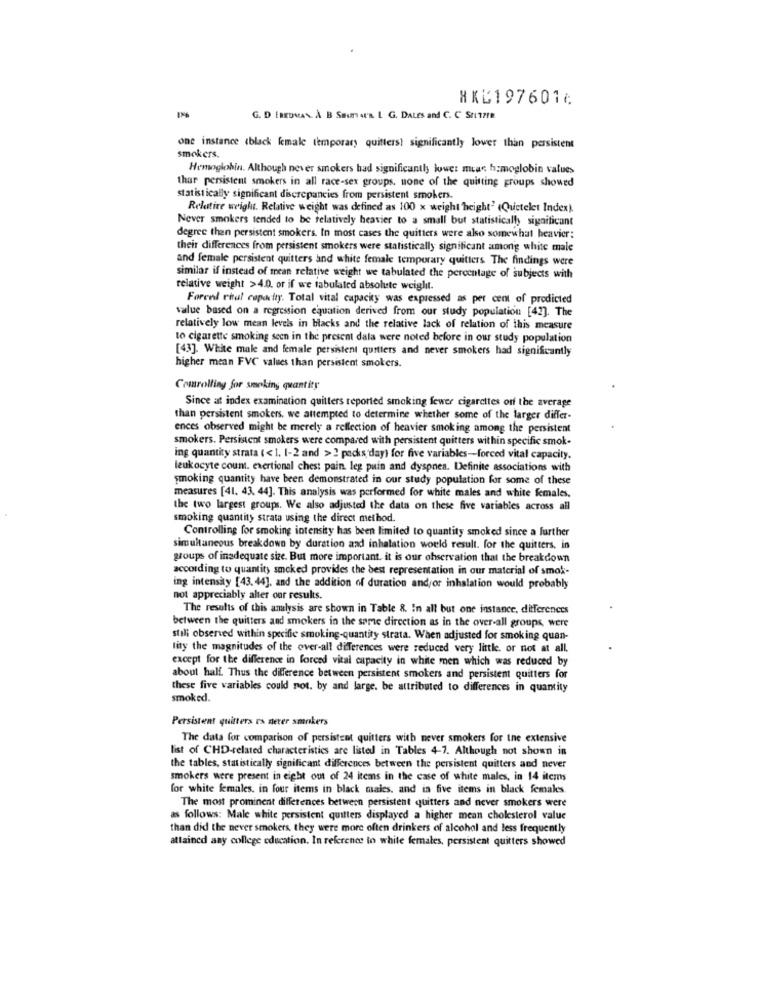
HKL197601¢
G. D Enromas. À B Saunat'a. L G. DALES and C. C StiTZER
one instance (black female temporary quilters! significantly lower than persistent
smokers.
Hemoglobin. Although never smokers had significantly lower miar hemoglobin values
thar persistent smokers in all race-sex groups, none of the quitting groups showed
statistically significant discrepancies from persistent smokers.
Relative weight. Relative weight was defined as 100 x weight 'height' (Quetelet Index).
Never smokers tended to be relatively heavier to a small but statistically significant
degree then persistent smokers. In most cases the quitters were also somewhat heavier:
their differences from persistent smokers were statistically significant among white male
and female persistent quitters and white female temporary quitters The findings were
similar if instead of mean relative weight we tabulated the percentage of subjects with
relative weight >4.0. or if we tabulated absolute weiglit.
Forcel rital capacity. Total vital capacity was expressed as per cent of predicted
value based on a regression equation derived from our study population [42]. The
relatively low mean levels in blacks and the relative lack of relation of this measure
to cigarette smoking seen in the present dala were noted before in our study population
[43]. White male and female persistent quitters and never smokers had significantly
higher mean FVC values than persistent smokers.
Comrolling for smoking quantity
Since at index examination quilters reported smoking fewer cigarettes on the average
than persistent smokers. we attempted to determine whether some of the larger differ-
ences observed might be merely a reflection of heavier smoking among the persistent
smokers. Persistent smokers were compared with persistent quitters within specific smok.
ing quantity strata ( < 1. 1-2 and >2 packis'day) for five variables-forced vital capacity.
leukocyte coum. exertional chest pain. leg puin and dyspnea. Definite associations with
smoking quantity have been demonstrated in our study population for some of these
measures [41. 43. 44]. This analysis was performed for white males and white females.
the two largest groups. We also adjusted the data on these five variables across all
smoking quantity strata using the direct method.
Controlling for smoking intensity has been limited to quantity smoked since a further
simultaneous breakdown by duration and inhalation would result. for the quitters. in
groups of inadequate size. But more important. it is our observation that the breakdown
according to quantity smoked provides the best representation in our material of smok-
ing intensity [43.44]. and the addition of duration and/or inhalation would probably
not appreciably alter our results.
The results of this analysis are shown in Table &. In all but one instance, differences
between the quitters and smokers in the same direction as in the over-all groups, were
still observed within specific smoking-quantity strata. When adjusted for smoking quan-
lity the magnitudes of the over-all differences were reduced very little. or not at all.
except for the difference in forced vital capacity in white men which was reduced by
about half. Thus the difference between persistent smokers and persistent quitters for
these five variables could not. by and large. be attributed to differences in quantity
smoked.
Persistent quitters ra never smokers
The data for comparison of persistent quitters with never smokers for the extensive
list of CHD-related characteristics are listed in Tables 4-7. Although not shown in
the tables, statistically significant differences between the persistent quitters and never
smokers were present in eight out of 24 items in the case of white males, in 14 items
for white females. in four items in black males, and in five items in black femaks
The most prominent differences between persistent quitters and never smokers were
as follows: Male white persistent quilters displayed a higher mean cholesterol value
than did the never smokers, they were more often drinkers of alcohol and less frequently
attained any college education. In reference to white females, persistent quitters showed